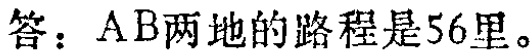
答：AB两地的路程是56里。